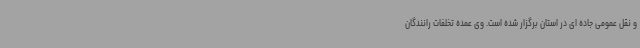
و نقل عمومی جاده ای در استان برگزار شده است. وی عمده تخلفات رانندگان